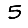
Digit: 5